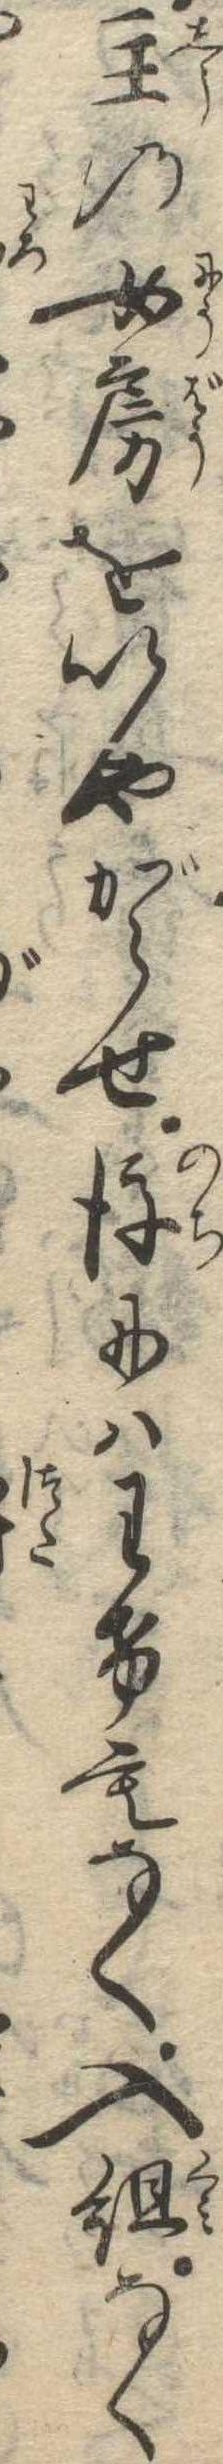
主の女房をいやがらせ後にはわけもなく入組なく